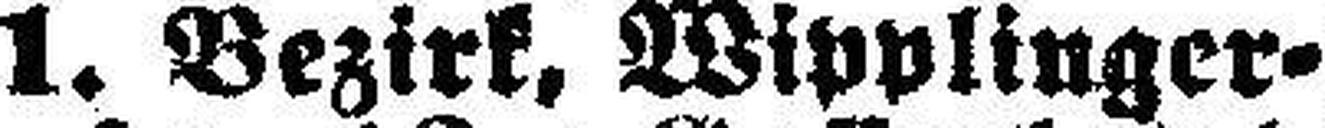
1. Bezirk, Wipplinger¬